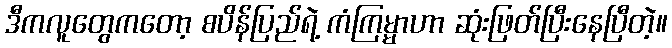
ဒီကလူတွေကတော့ စပိန်ပြည်ရဲ့ ကံကြမ္မာဟာ ဆုံးဖြတ်ပြီးနေပြီတဲ့။